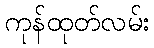
ကုန်ထုတ်လမ်း